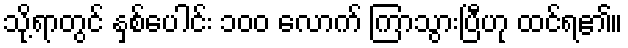
သို့ရာတွင် နှစ်ပေါင်း ၁၀၀ လောက် ကြာသွားပြီဟု ထင်ရ၏။